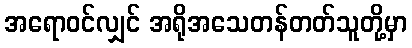
အရောဝင်လျှင် အရိုအသေတန်တတ်သူတို့မှာ